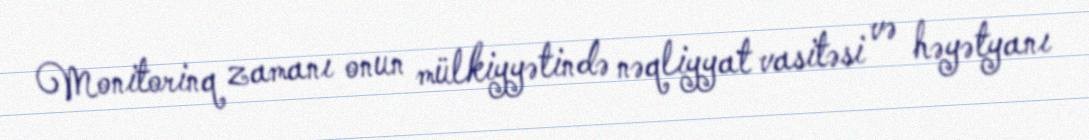
Monitorinq zamanı onun mülkiyyətində nəqliyyat vasitəsi və həyətyanı